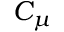
C _ { \mu }